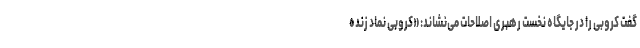
گفت کروبی را در جایگاه نخست رهبری اصلاحات می‌نشاند: «کروبی نماد زنده